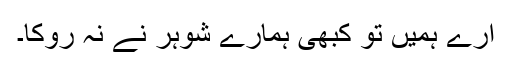
ارے ہمیں تو کبھی ہمارے شوہر نے نہ روکا۔